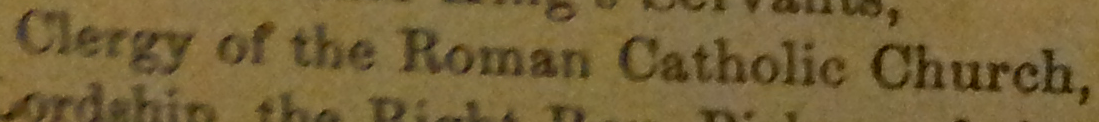
Clergy of the Roman Catholic Church.